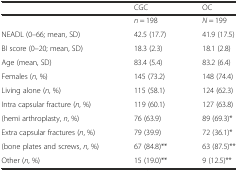
|  | CGC | OC |
 | --- | --- | --- |
 |  | n = 198 | N = 199 |
 | NEADL (0–66; mean, SD) | 42.5 (17.7) | 41.9 (17.5) |
 | BI score (0–20; mean, SD) | 18.3 (2.3) | 18.1 (2.8) |
 | Age (mean, SD) | 83.4 (5.4) | 83.2 (6.4) |
 | Females (n, %) | 145 (73.2) | 148 (74.4) |
 | Living alone (n, %) | 115 (58.1) | 124 (62.3) |
 | Intra capsular fracture (n, %) | 119 (60.1) | 127 (63.8) |
 | (hemi arthroplasty, n, %) | 76 (63.9) | 89 (69.3)* |
 | Extra capsular fractures (n, %) | 79 (39.9) | 72 (36.1)* |
 | (bone plates and screws, n, %) | 67 (84.8)** | 63 (87.5)** |
 | Other (n, %) | 15 (19.0)** | 9 (12.5)** |